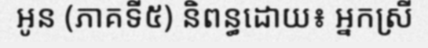
អូន (ភាគទី៥) និពន្ធដោយ៖ អ្នកស្រី